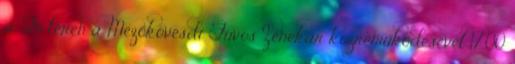
a Fő téren a Mezőkövesdi Fúvós Zenekar közreműködésével 17.00